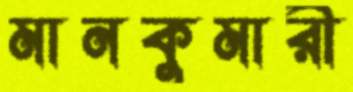
মানকুমারী